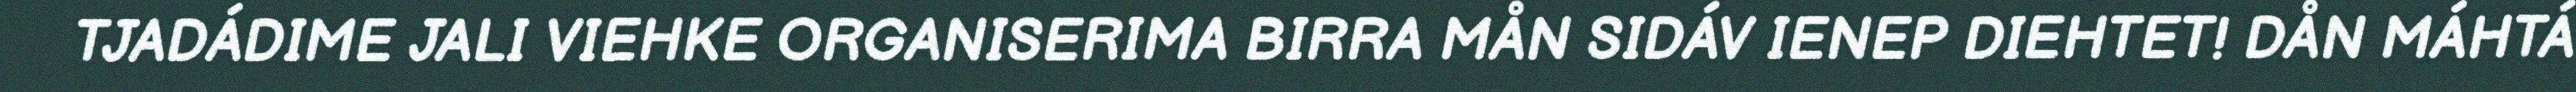
TJADÁDIME JALI VIEHKE ORGANISERIMA BIRRA MÅN SIDÁV IENEP DIEHTET! DÅN MÁHTÁ